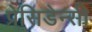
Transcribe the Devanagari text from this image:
प्रेसि़डेन्सी